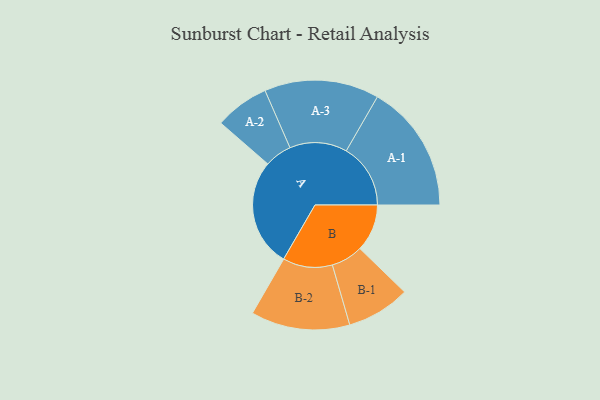
{"axis": {"x": "Segment", "y": "Value"}, "legend": ["", "A", "B"], "data": [{"x": "A", "y": 469, "type": ""}, {"x": "B", "y": 205, "type": ""}, {"x": "A-1", "y": 279, "type": "A"}, {"x": "A-2", "y": 118, "type": "A"}, {"x": "A-3", "y": 249, "type": "A"}, {"x": "B-1", "y": 138, "type": "B"}, {"x": "B-2", "y": 215, "type": "B"}]}